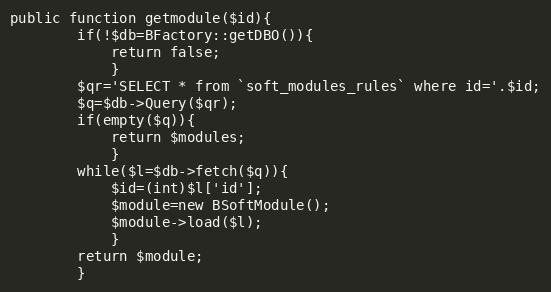
Language: PHP
public function getmodule($id){
		if(!$db=BFactory::getDBO()){
			return false;
			}
		$qr='SELECT * from `soft_modules_rules` where id='.$id;
		$q=$db->Query($qr);
		if(empty($q)){
			return $modules;
			}
		while($l=$db->fetch($q)){
			$id=(int)$l['id'];
			$module=new BSoftModule();
			$module->load($l);
			}
		return $module;
		}